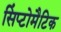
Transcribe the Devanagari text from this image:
सिंप्टोमैटिक